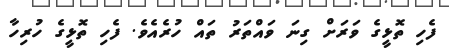
ފެހި ތޮޅީގެ ވަރަށް ގިނަ ވައްތަރު ތައް ހުރެއެވެ. ފެހި ތޮޅީގެ ހުރިހާ